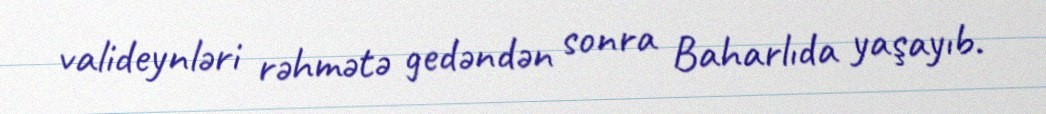
valideynləri rəhmətə gedəndən sonra Baharlıda yaşayıb.